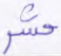
حشر